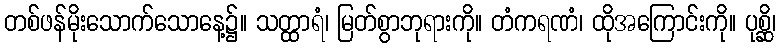
တစ်ဖန်မိုးသောက်သောနေ့၌။ သတ္ထာရံ၊ မြတ်စွာဘုရားကို။ တံကရဏံ၊ ထိုအကြောင်းကို။ ပုစ္ဆိ၊